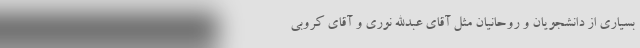
بسیاری از دانشجویان و روحانیان مثل آقای عبدالله نوری و آقای کروبی